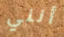
أنني